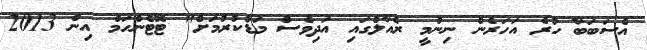
އެސަބަބާ ހުރެ އަހަރެން ނިންމީ ރެއާލްގައި އަދިވެސް މަޑުކުރުމަށް" ޓޮޓެންހަމް އިން 2013